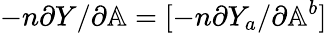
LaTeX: -n\partial Y/\partial\mathbb{A}=[-n\partial Y_{a}/\partial\mathbb{A}^{b}]